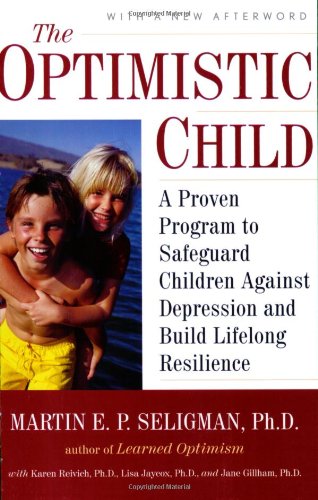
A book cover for The Optimistic Child: A Proven Program to Safeguard Children Against Depression and Build Lifelong Resilience; Martin E. P. Seligman; Medical Books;